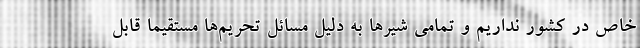
خاص در کشور نداریم و تمامی شیرها به دلیل مسائل تحریم‌ها مستقیماً قابل